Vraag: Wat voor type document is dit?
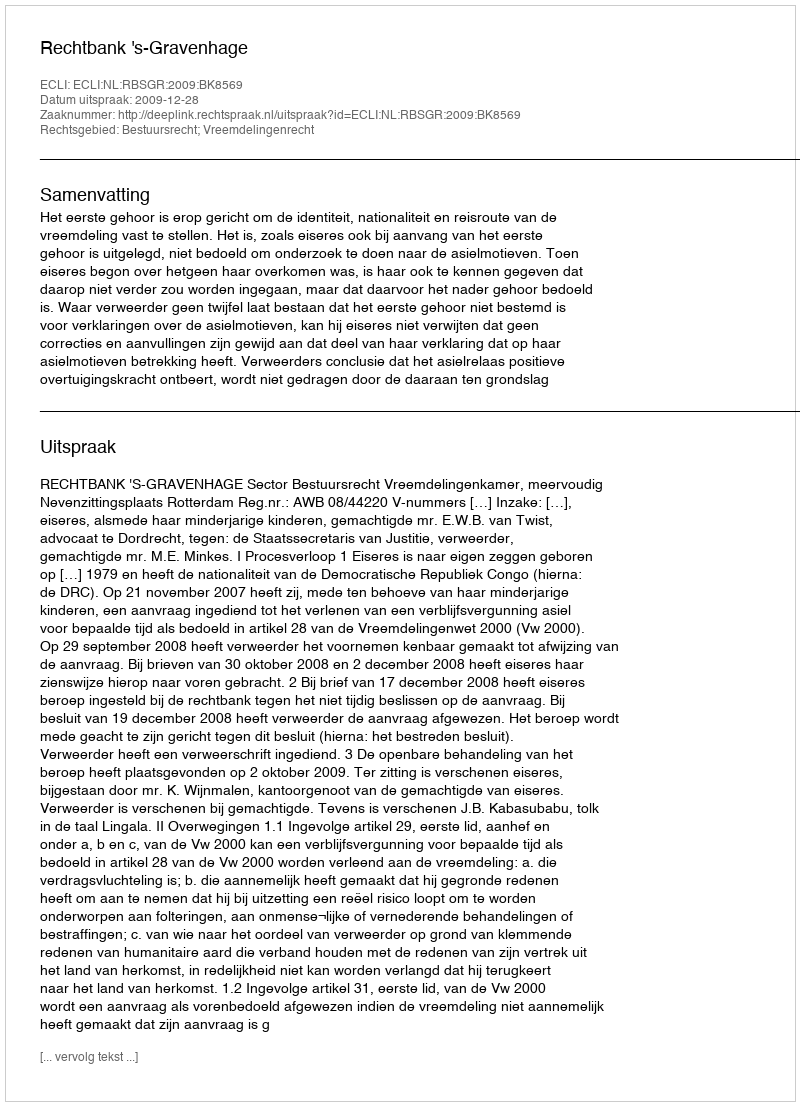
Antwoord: Uitspraak